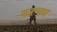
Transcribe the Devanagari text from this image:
करचम